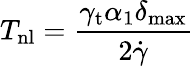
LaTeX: T_{\mathrm{nl}}=\frac{\gamma_{\mathrm{t}}\alpha_{1}\delta_{\mathrm{max}}}{2\dot{\gamma}}